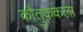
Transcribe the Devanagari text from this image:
कौतुककला